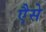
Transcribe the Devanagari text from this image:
एैसे